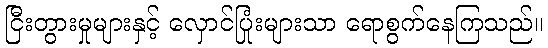
ငြီးတွားမှုများနှင့် လှောင်ပြုံးများသာ ရောစွက်နေကြသည်။